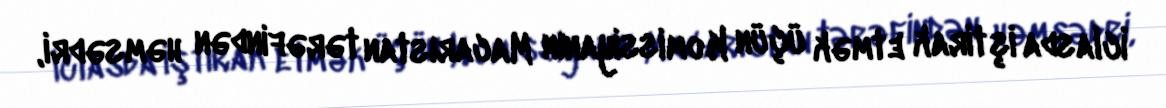
İclasda iştirak etmək üçün Komissiyanın Macarıstan tərəfindən həmsədri,